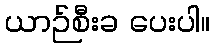
ယာဉ်စီးခ ပေးပါ။